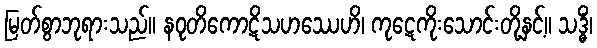
မြတ်စွာဘုရားသည်။ နဝုတိကောဋိသဟဿေဟိ၊ ကုဋေကိုးသောင်းတို့နှင့်။ သဒ္ဓိံ၊